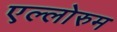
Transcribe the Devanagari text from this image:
एल्लोरुम